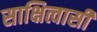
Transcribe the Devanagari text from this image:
साक्षित्वासी